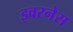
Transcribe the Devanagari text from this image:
इवरनेस